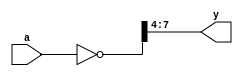
module test01(a, y);
  input [7:0] a;
  output [3:0] y;
  assign y = ~a >> 4;
endmodule